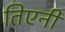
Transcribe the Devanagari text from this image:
तिएनी